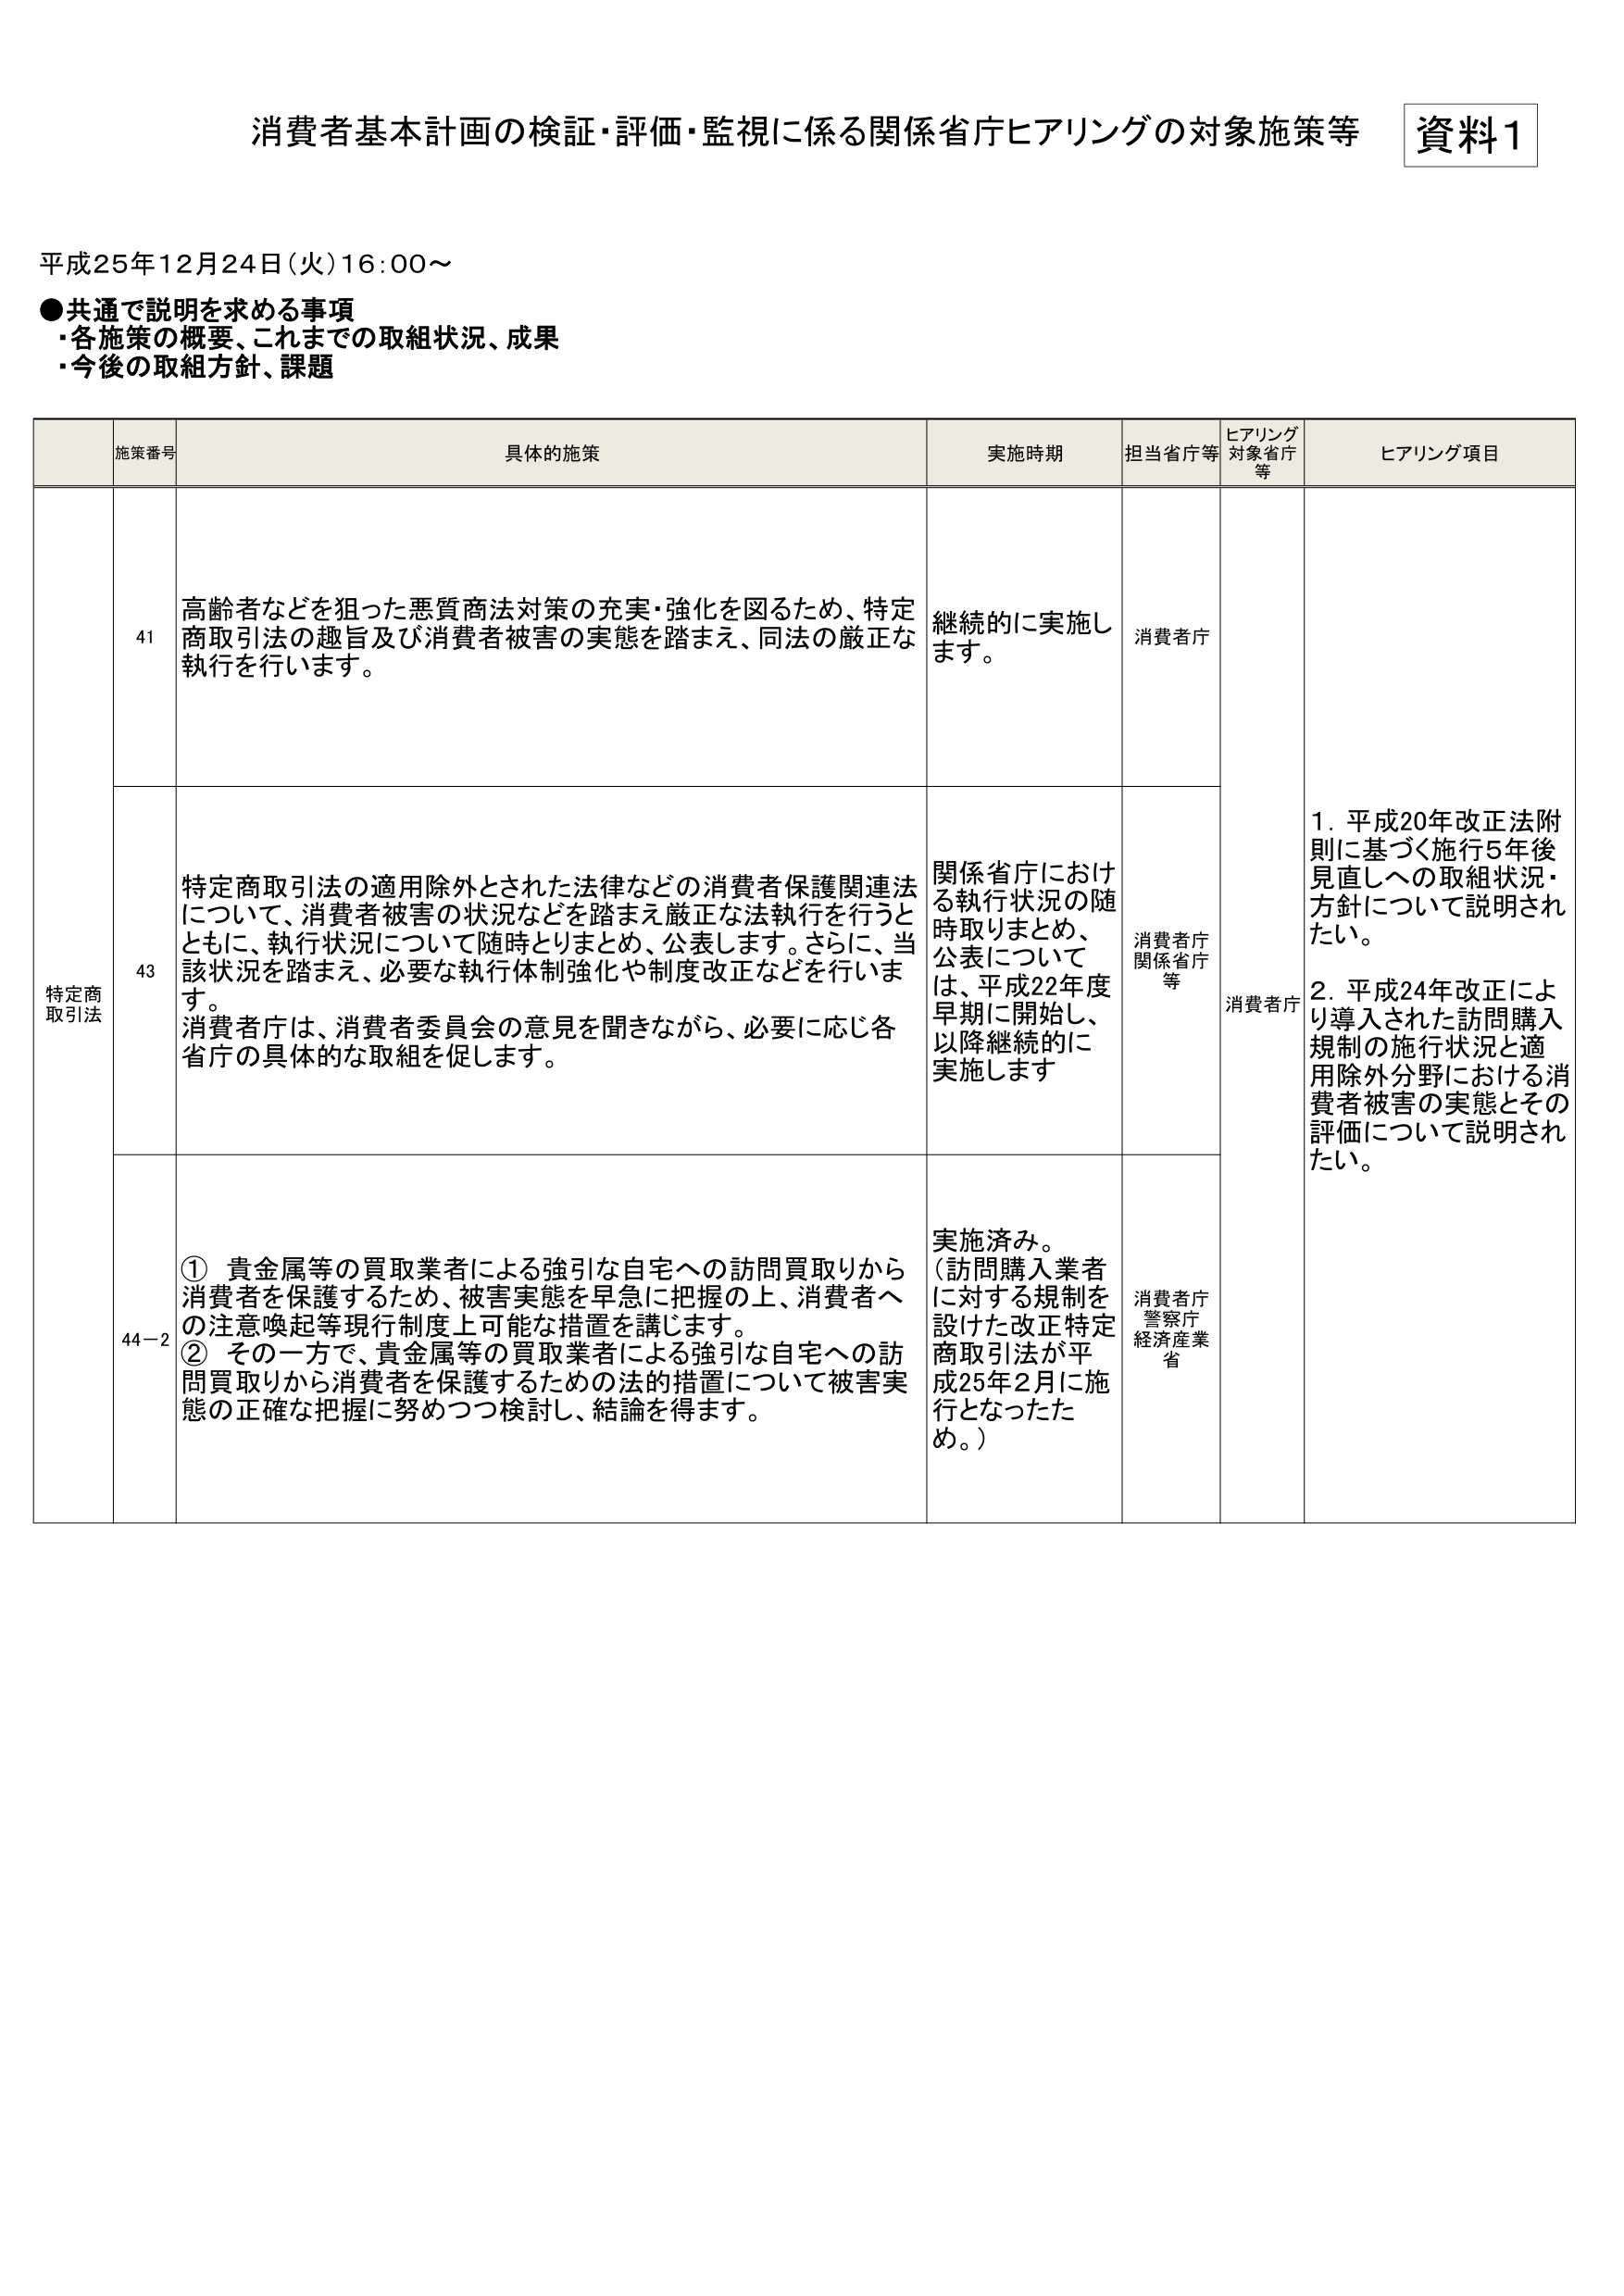
消費者基本計画の検証・評価・監視に係る関係省庁ヒアリングの対象施策等 資料1

平成25年12月24日(火)16:00～

●共通で説明を求める事項
・各施策の概要、これまでの取組状況、成果
・今後の取組方針、課題

施策番号 具体的施策 実施時期 担当省庁等 ヒアリング対象省庁等 ヒアリング項目

特定商取引法 41 高齢者などを狙った悪質商法対策の充実・強化を図るため、特定商取引法の趣旨及び消費者被害の実態を踏まえ、同法の厳正な執行を行います。 継続的に実施します。 消費者庁 消費者庁 1. 平成20年改正法附則に基づく施行5年後見直しへの取組状況・方針について説明されたい。 2. 平成24年改正により導入された訪問購入規制の施行状況と適用除外分野における消費者被害の実態とその評価について説明されたい。

43 特定商取引法の適用除外とされた法律などの消費者保護関連法について、消費者被害の状況などを踏まえ厳正な法執行を行うとともに、執行状況について随時とりまとめ、公表します。さらに、当該状況を踏まえ、必要な執行体制強化や制度改正などを行います。消費者庁は、消費者委員会の意見を聞きながら、必要に応じ各省庁の具体的な取組を促します。 関係省庁における執行状況の随時取りまとめ、公表については、平成22年度早期に開始し、以降継続的に実施します 消費者庁 関係省庁等

44-2 ① 貴金属等の買取業者による強引な自宅への訪問買取りから消費者を保護するため、被害実態を早急に把握の上、消費者への注意喚起等現行制度上可能な措置を講じます。② その一方で、貴金属等の買取業者による強引な自宅への訪問買取りから消費者を保護するための法的措置について被害実態の正確な把握に努めつつ検討し、結論を得ます。 実施済み。(訪問購入業者に対する規制を設けた改正特定商取引法が平成25年2月に施行となったため。) 消費者庁 警察庁 経済産業省